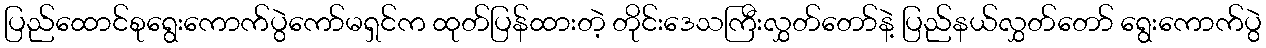
ပြည်ထောင်စုရွေးကောက်ပွဲကော်မရှင်က ထုတ်ပြန်ထားတဲ့ တိုင်းဒေသကြီးလွှတ်တော်နဲ့ ပြည်နယ်လွှတ်တော် ရွေးကောက်ပွဲ